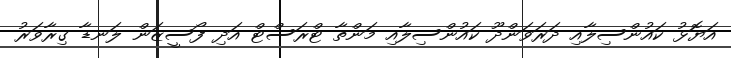
އަޔޮޅު ކައުންސިލާއި ދަރަވަންދޫ ކައުންސިލާއި މަންތާ ޓްރަސްޓް އަދި ފޯސީޒަން ލަނޑާ ގިރާވަރު